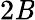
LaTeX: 2\mathit{B}